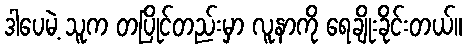
ဒါပေမဲ့ သူက တပြိုင်တည်းမှာ လူနာကို ရေချိုးခိုင်းတယ်။